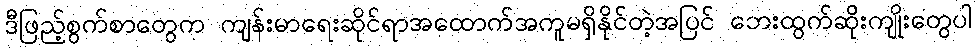
ဒီဖြည့်စွက်စာတွေက ကျန်းမာရေးဆိုင်ရာအထောက်အကူမရှိနိုင်တဲ့အပြင် ဘေးထွက်ဆိုးကျိုးတွေပါ